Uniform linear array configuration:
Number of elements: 12
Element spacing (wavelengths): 0.5
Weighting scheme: hamming
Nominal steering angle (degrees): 45
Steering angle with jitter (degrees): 46.406
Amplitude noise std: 0.05
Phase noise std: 0.05

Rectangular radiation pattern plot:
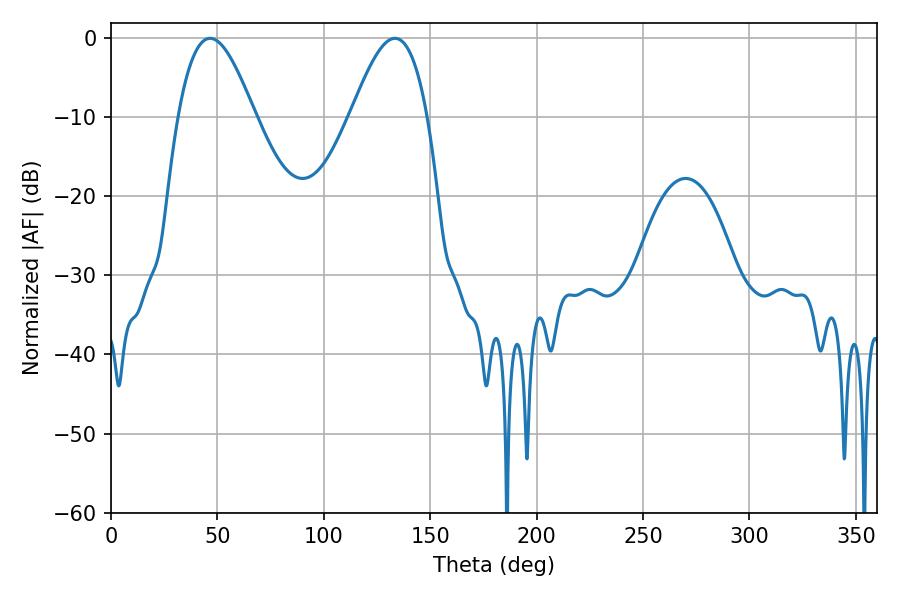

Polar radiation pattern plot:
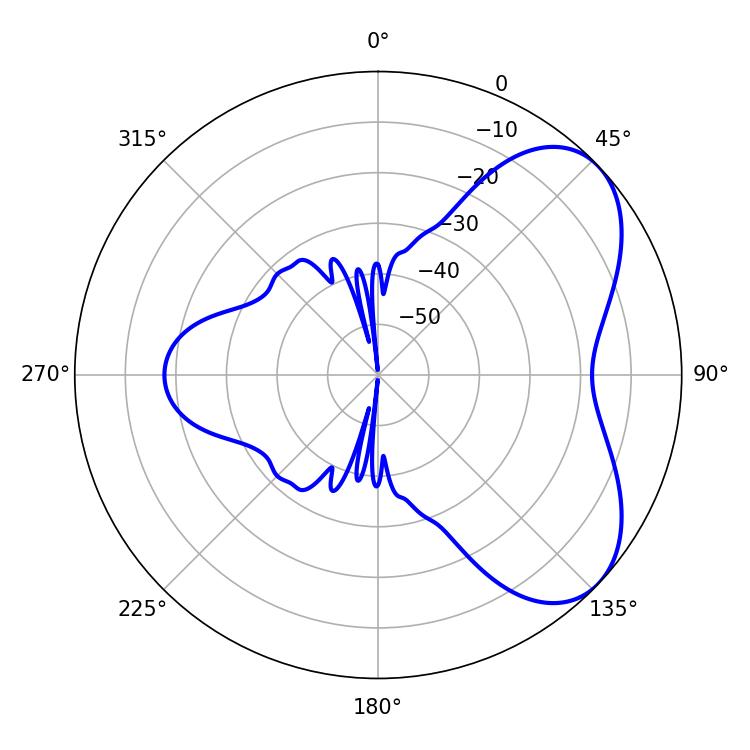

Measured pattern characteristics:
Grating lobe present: FALSE
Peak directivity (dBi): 5.579
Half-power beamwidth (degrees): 19.44
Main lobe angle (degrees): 46.62